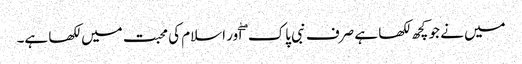
میں نے جو کچھ لکھا ہے صرف نبی پاک ۖ اور اسلام کی محبت میں لکھا ہے۔